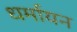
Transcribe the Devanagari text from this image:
धर्मायन